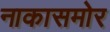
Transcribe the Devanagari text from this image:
नाकासमोर